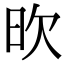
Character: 欥